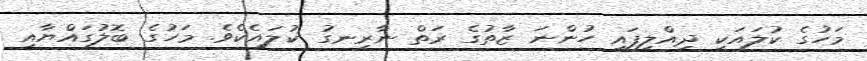
މަހުގެ ކުލައަކީ ދިއްލިފައި ހުންނަ ޒާތުގެ ރަތް ނާރިނގު ކުލައެކެވެ. މަހުގެ ބޮލުގައްޔާއި